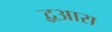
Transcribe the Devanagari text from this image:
द्वआरा